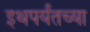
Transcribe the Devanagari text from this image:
इथपर्यंतच्या